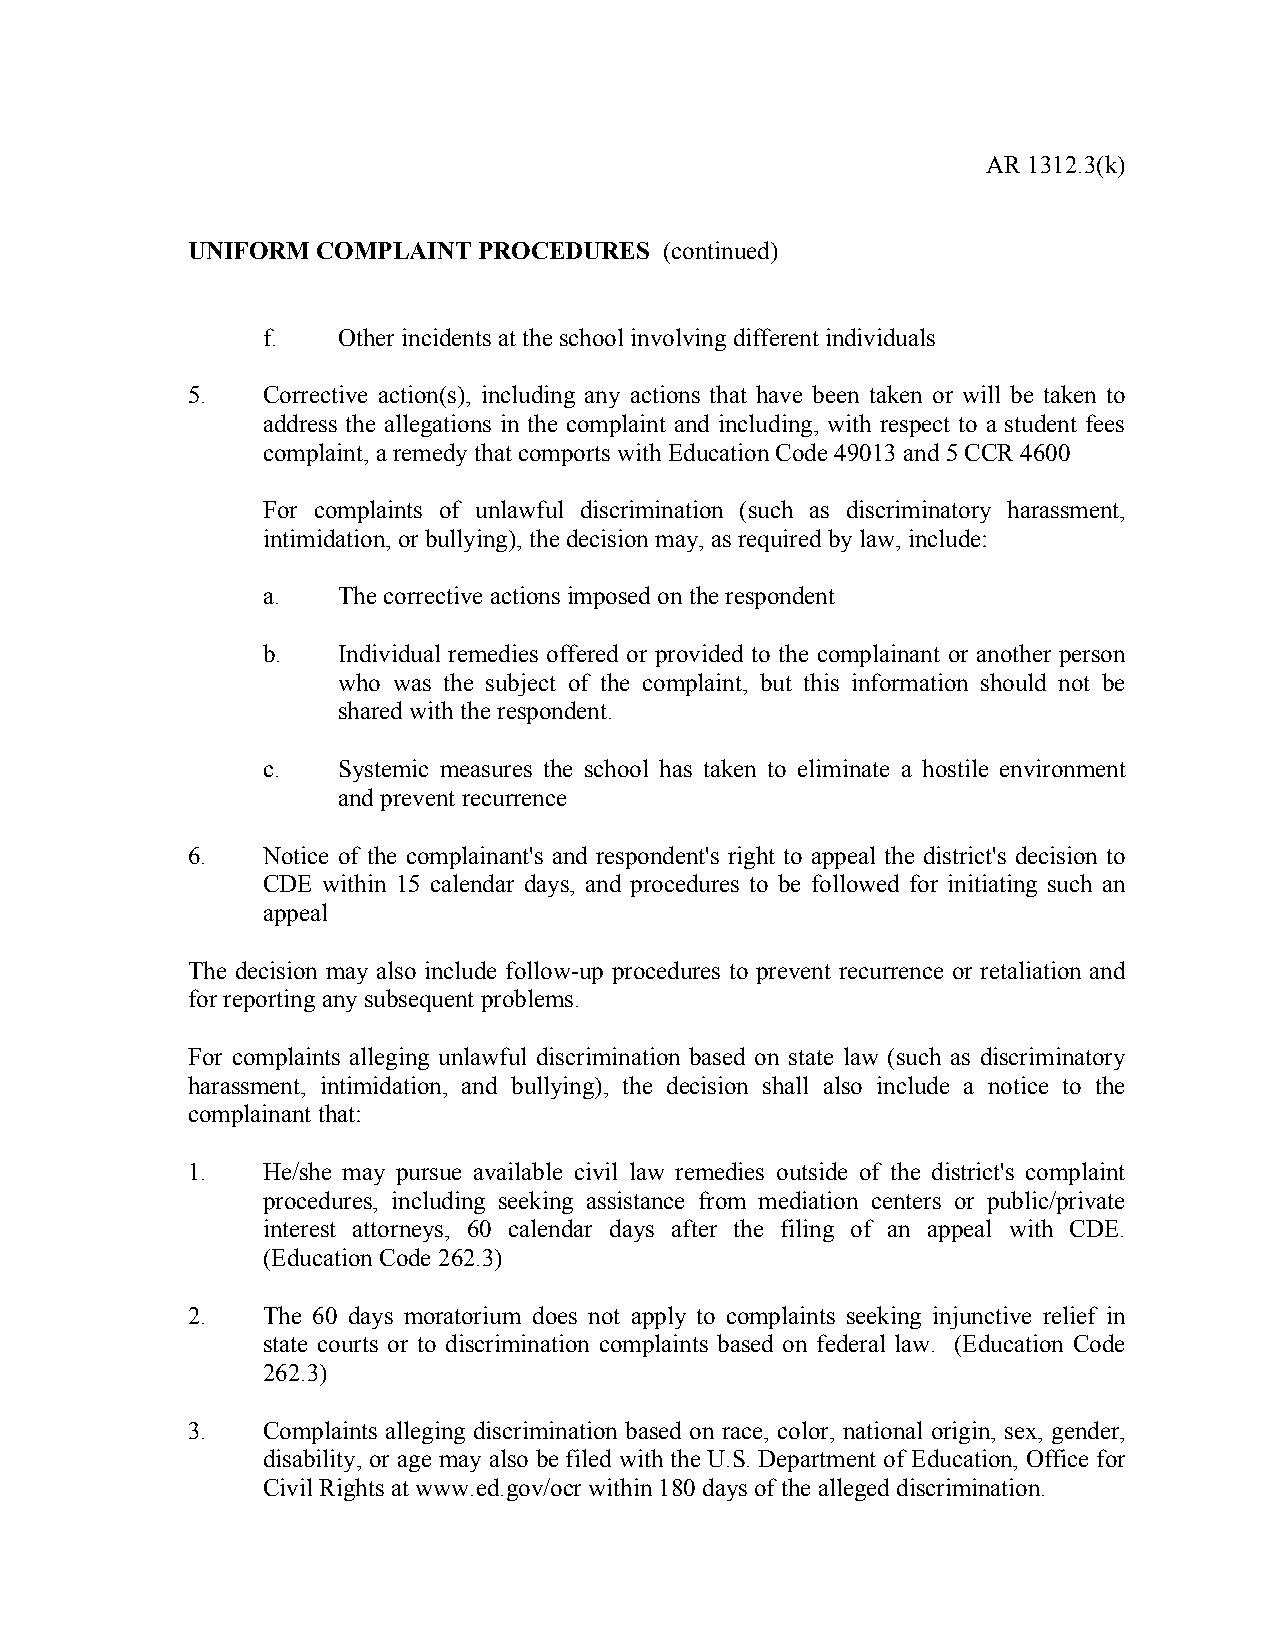
AR 1312.3(k)
 UNIFORM  COMPLAINT  PROCEDURES  (continued)
 f.   Other incidents at the school involving different individuals
 5.   Corrective action(s), including any actions that have been taken or will be taken to
 address the allegations in the complaint and including, with respect to a student fees
 complaint, a remedy that comports with Education Code 49013 and 5 CCR 4600
 For complaints of unlawful discrimination (such as discriminatory harassment,
 intimidation, or bullying), the decision may, as required by law, include:
 a.   The corrective actions imposed on the respondent
 b.   Individual remedies offered or provided to the complainant or another person
 who was the subject of the complaint, but this information should not be
 shared with the respondent.
 c.   Systemic measures the school has taken to eliminate a hostile environment
 and prevent recurrence
 6.   Notice of the complainant's and respondent's right to appeal the district's decision to
 CDE within 15 calendar days, and procedures to be followed for initiating such an
 appeal
 The decision may also include follow-up procedures to prevent recurrence or retaliation and
 for reporting any subsequent problems.
 For complaints alleging unlawful discrimination based on state law (such as discriminatory
 harassment, intimidation, and bullying), the decision shall also include a notice to the
 complainant that:
 1.   He/she may pursue available civil law remedies outside of the district's complaint
 procedures, including seeking assistance from mediation centers or public/private
 interest attorneys, 60 calendar days after the filing of an appeal with CDE.
 (Education Code 262.3)
 2.   The 60 days moratorium does not apply to complaints seeking injunctive relief in
 state courts or to discrimination complaints based on federal law. (Education Code
 262.3)
 3.   Complaints alleging discrimination based on race, color, national origin, sex, gender,
 disability, or age may also be filed with the U.S. Department of Education, Office for
 Civil Rights at www.ed.gov/ocr within 180 days of the alleged discrimination.